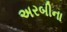
અરબીના